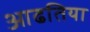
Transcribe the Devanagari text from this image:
आढतिया